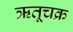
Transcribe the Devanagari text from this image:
ऋतूचक्र